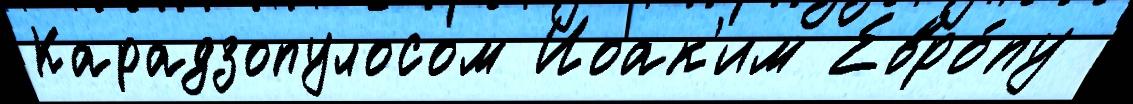
Карадзопулосом Иоак'им Евро́пу